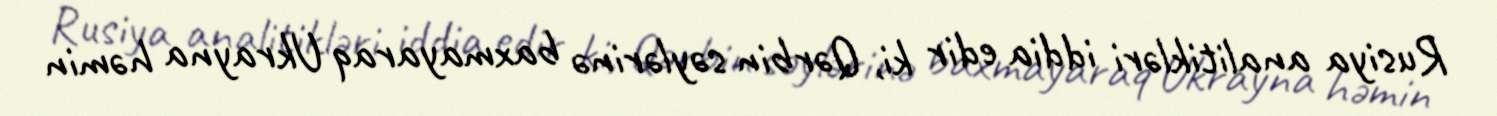
Rusiya analitikləri iddia edir ki, Qərbin səylərinə baxmayaraq Ukrayna həmin